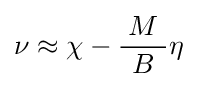
\nu \approx \chi -{\frac {\;M\;}{B}}\eta